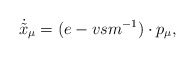
\begin{align*}\dot{\tilde{x}}_\mu=(e-vsm^{-1})\cdot p_\mu,\end{align*}